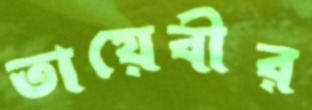
তায়েবীর